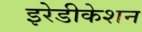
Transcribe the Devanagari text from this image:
इरेडीकेशन